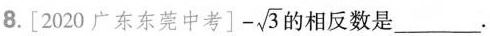
8.[2020广东东莞中考] -\sqrt{3}的相反数是_____。